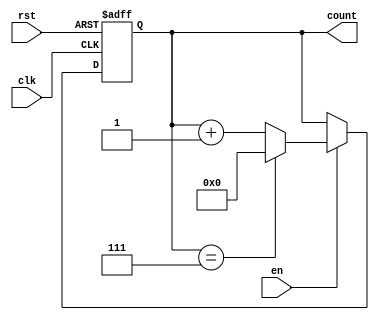
module ModuloN_Up_Counter(
    input wire clk,    // Clock signal
    input wire rst,    // Reset signal
    input wire en,     // Enable signal
    output reg [N-1:0] count   // N-bit Counter output
);

parameter N = 8;  // specify the width of the counter

always @(posedge clk or posedge rst) begin
    if(rst) begin
        count <= 0;  // Reset the counter to zero
    end else begin
        if(en) begin
            if(count == (N-1)) begin
                count <= 0;  // Rollover to zero when count reaches N
            end else begin
                count <= count + 1;  // Increment the count by one
            end
        end
    end
end

endmodule